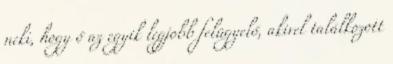
neki, hogy ő az egyik legjobb felügyelő, akivel találkozott